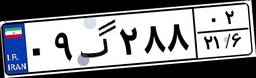
۰۹گ۲۸۸۰۲